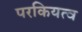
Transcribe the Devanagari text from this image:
परकियत्व